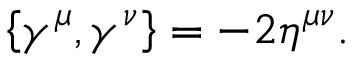
\left\{ \gamma ^ { \mu } , \gamma ^ { \nu } \right\} = - 2 \eta ^ { \mu \nu } .